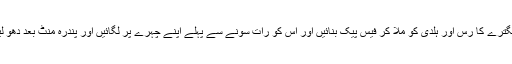
سنگترے کا رس اور ہلدی کو ملا کر فیس پیک بنائیں اور اس کو رات سونے سے پہلے اپنے چہرے پر لگائیں اور پندرہ منٹ بعد دھو لیں۔